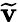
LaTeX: \widetilde{{\mathbf v}}